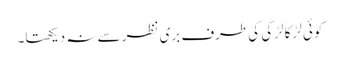
کوئی لڑکا لڑکی کی طرف بری نظر سے نہ دیکھتا۔